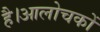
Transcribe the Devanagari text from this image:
है।आलोचकों